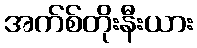
အက်စ်တိုးနီးယား